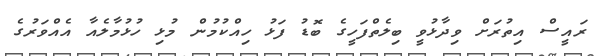
ރައީސް އިތުރަށް ވިދާޅުވީ ބިލެތްފަހީގެ ބޮޑު ފަޅު ހިއްކުމުން މުޅި ހުޅުމާލެއާ އެއްވަރުގެ